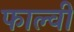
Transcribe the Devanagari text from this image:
फाल्वी